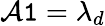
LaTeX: \mathcal{A}\mathtt{1}=\lambda_{d}